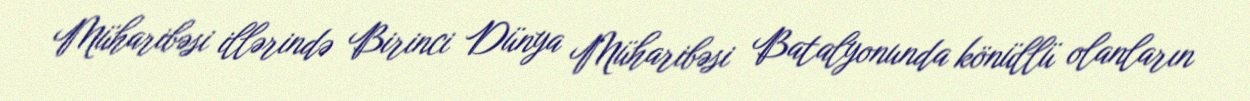
Müharibəsi illərində Birinci Dünya Müharibəsi Batalyonunda könüllü olanların